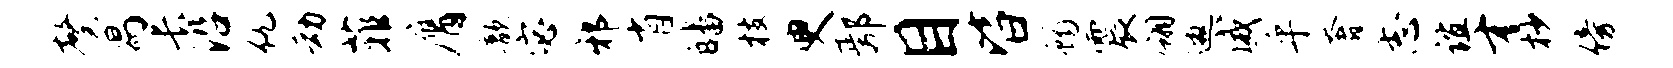
馨舄长沿仇动菲膺歆宓邪省皤枝臾鄢目皆蝎震翎邀威乎奢志谊才杪傍